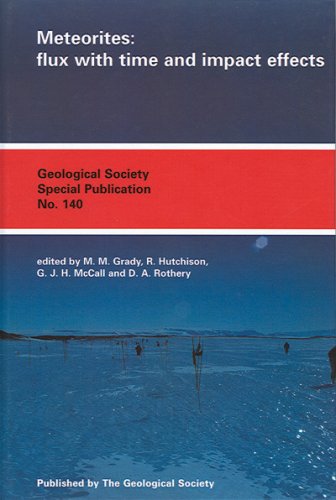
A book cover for Meteorites: Flux With Time and Impact Effects (Geological Society Special Publication); M. M. Grady; Science & Math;